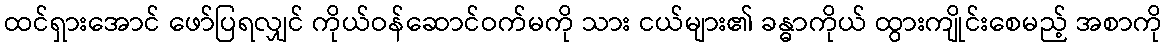
ထင်ရှားအောင် ဖော်ပြရလျှင် ကိုယ်ဝန်ဆောင်ဝက်မကို သား ငယ်များ၏ ခန္ဓာကိုယ် ထွားကျိုင်းစေမည့် အစာကို